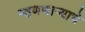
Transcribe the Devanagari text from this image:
म्हणणाऱ्याचे